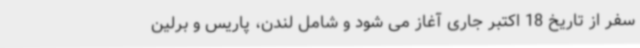
سفر از تاریخ 18 اکتبر جاری آغاز می شود و شامل لندن، پاریس و برلین